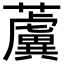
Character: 𧃢